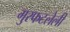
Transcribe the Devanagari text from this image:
गुरफटलेली